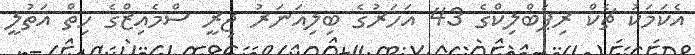
އެކަމަކު ޗެކް ރިޕަބްލިކްގެ 43 އަހަރުގެ ބިލިއަނަރު ޖިރީ ސްމެއިޒްގެ ހިތް އަތުލީ